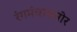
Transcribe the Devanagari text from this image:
रंगमंचासमोर